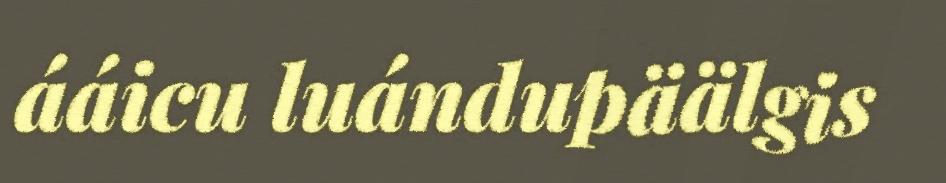
ááicu luándupäälgis